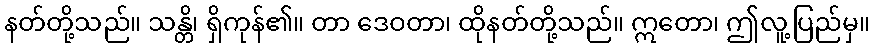
နတ်တို့သည်။ သန္တိ၊ ရှိကုန်၏။ တာ ဒေဝတာ၊ ထိုနတ်တို့သည်။ ဣတော၊ ဤလူ့ပြည်မှ။